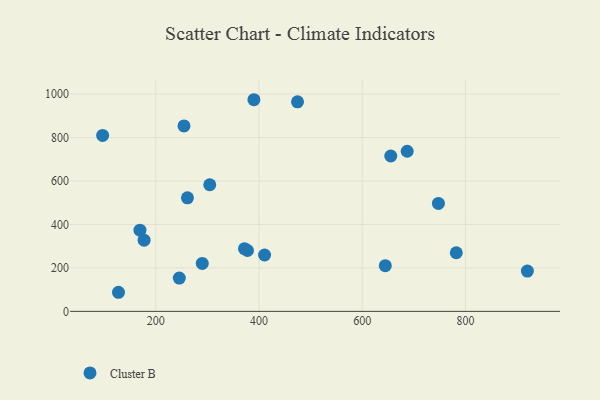
{"axis": {"x": "Ad Spend", "y": "Fuel Efficiency"}, "legend": ["Cluster B"], "data": [{"x": "127.8", "y": 87.9, "type": "Cluster B"}, {"x": "474.6", "y": 964.2, "type": "Cluster B"}, {"x": "290.1", "y": 220.7, "type": "Cluster B"}, {"x": "169.4", "y": 373.7, "type": "Cluster B"}, {"x": "304.6", "y": 582.5, "type": "Cluster B"}, {"x": "687.0", "y": 736.7, "type": "Cluster B"}, {"x": "390.1", "y": 973.7, "type": "Cluster B"}, {"x": "410.8", "y": 259.3, "type": "Cluster B"}, {"x": "655.2", "y": 714.9, "type": "Cluster B"}, {"x": "177.4", "y": 327.8, "type": "Cluster B"}, {"x": "371.9", "y": 288.6, "type": "Cluster B"}, {"x": "97.1", "y": 809.6, "type": "Cluster B"}, {"x": "254.7", "y": 853.4, "type": "Cluster B"}, {"x": "261.4", "y": 522.5, "type": "Cluster B"}, {"x": "919.8", "y": 185.6, "type": "Cluster B"}, {"x": "747.5", "y": 496.5, "type": "Cluster B"}, {"x": "377.7", "y": 280.1, "type": "Cluster B"}, {"x": "644.6", "y": 210.2, "type": "Cluster B"}, {"x": "245.6", "y": 153.3, "type": "Cluster B"}, {"x": "782.1", "y": 269.8, "type": "Cluster B"}]}